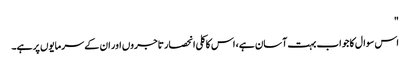
"
اس سوال کا جواب بہت آسان ہے، اس کا کلی انحصار تاجروں اور ان کے سرمایوں پر ہے۔